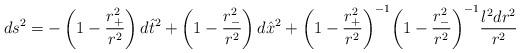
LaTeX: \begin{align*}ds^2= -\left(1-\frac{r_{+}^2}{r^2} \right)d{\hat t}^2 +\left(1-\frac{r_{-}^2}{r^2} \right)d{\hat x}^2 +{\left(1-\frac{r_{+}^2}{r^2} \right)}^{-1} {\left(1-\frac{r_{-}^2}{r^2} \right)}^{-1}\frac{l^2 dr^2}{r^2}\end{align*}